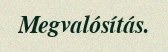
Megvalósítás.